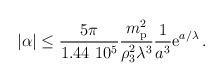
LaTeX: \begin{align*} |\alpha|\le {5\pi\over 1.44 ~10^5}{m_{\rm p}^2\over\rho_3^2\lambda^3}{1\over a^3}{\rm e}^{a/\lambda}\,.\end{align*}